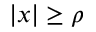
| x | \geq \rho